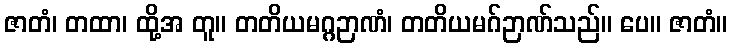
ဇာတံ၊ တထာ၊ ထို့အ တူ။ တတိယမဂ္ဂဉာဏံ၊ တတိယမဂ်ဉာဏ်သည်။ ပေ။ ဇာတံ။